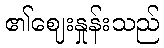
၏ဈေးနှုန်းသည်